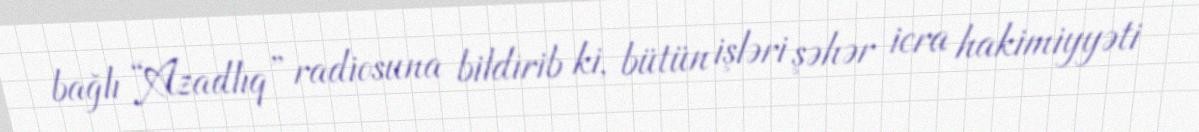
bağlı “Azadlıq” radiosuna bildirib ki, bütün işləri şəhər icra hakimiyyəti